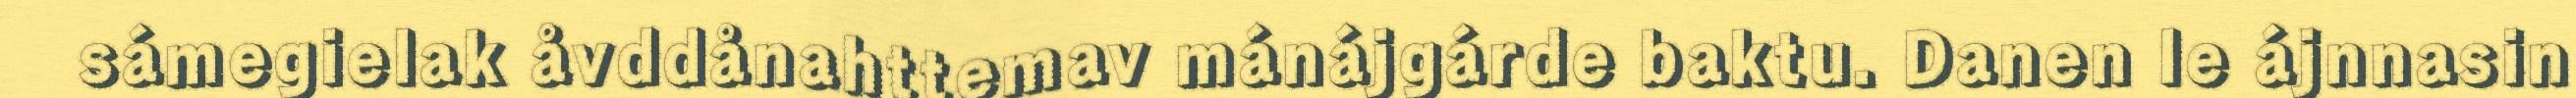
sámegielak åvddånahttemav mánájgárde baktu. Danen le ájnnasin